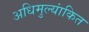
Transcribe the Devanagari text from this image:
अधिमुल्यांकित